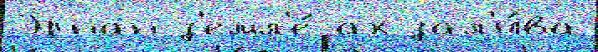
Эрнан з'емл'е́ ах зал'и́ва